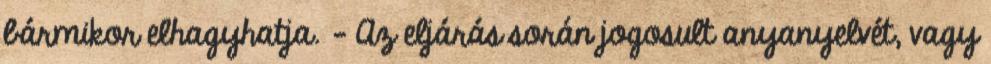
bármikor elhagyhatja. - Az eljárás során jogosult anyanyelvét, vagy